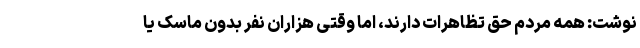
نوشت: همه مردم حق تظاهرات دارند، اما وقتی هزاران نفر بدون ماسک یا